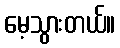
မေ့သွားတယ်။